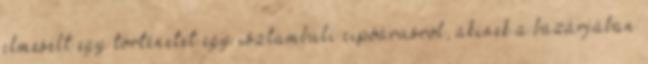
elmesélt egy történetet egy isztambuli cipőárusról, akinek a bazárjában